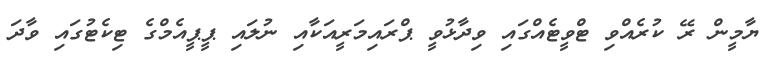
ޔާމީން ރޭ ކުރެއްވި ޓްވީޓެއްގައި ވިދާޅުވީ ޕްރައިމަރީއަކާއި ނުލައި ޕީޕީއެމްގެ ޓިކެޓުގައި ވާދަ